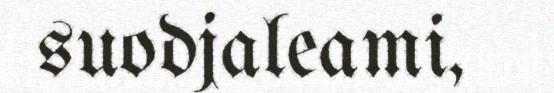
suodjaleami,